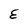
Character: E